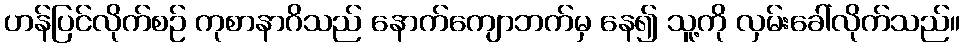
ဟန်ပြင်လိုက်စဉ် ကုစာနာဂိသည် နောက်ကျောဘက်မှ နေ၍ သူ့ကို လှမ်းခေါ်လိုက်သည်။